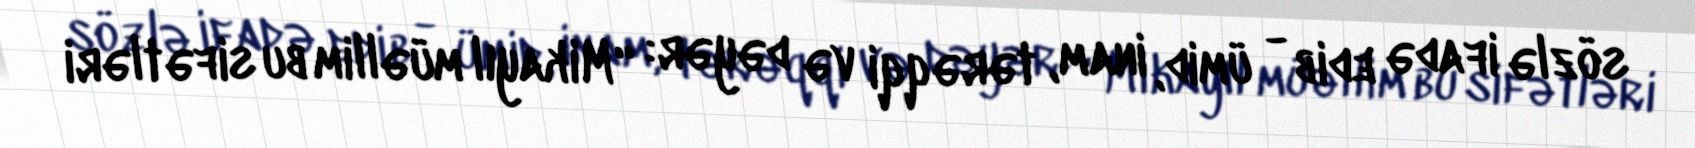
sözlə ifadə edib - ümid, inam, tərəqqi və dəyər: “Mikayıl müəllim bu sifətləri